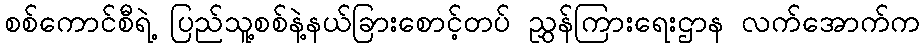
စစ်ကောင်စီရဲ့ ပြည်သူ့စစ်နဲ့နယ်ခြားစောင့်တပ် ညွှန်ကြားရေးဌာန လက်အောက်က